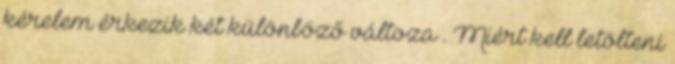
kérelem érkezik két különböző változa . Miért kell letölteni